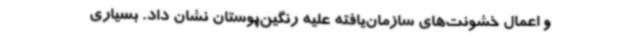
و اعمال خشونت‌های سازمان‌یافته علیه رنگین‌پوستان نشان داد. بسیاری